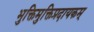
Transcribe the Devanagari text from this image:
भुक्तिमुक्तिप्रदायकम्